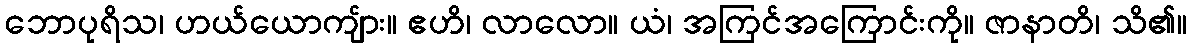
ဘောပုရိသ၊ ဟယ်ယောကျ်ား။ ဧဟိ၊ လာလော။ ယံ၊ အကြင်အကြောင်းကို။ ဇာနာတိ၊ သိ၏။